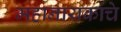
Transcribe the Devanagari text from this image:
महानायकांचे